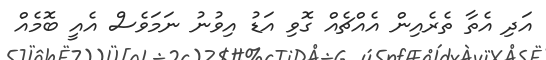
އަދި އެތާ ތެރެއިން އެއްޗެއް ގޮވި އަޑު އިވުނު ނަމަވެސް އެއީ ބޮމެއް